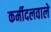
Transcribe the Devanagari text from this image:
कर्मीदलवाले